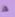
قد